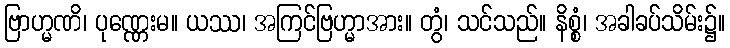
ဗြာဟ္မဏိ၊ ပုဏ္ဏေးမ။ ယဿ၊ အကြင်ဗြဟ္မာအား။ တွံ၊ သင်သည်။ နိစ္စံ၊ အခါခပ်သိမ်း၌။